Elephants and their diseases
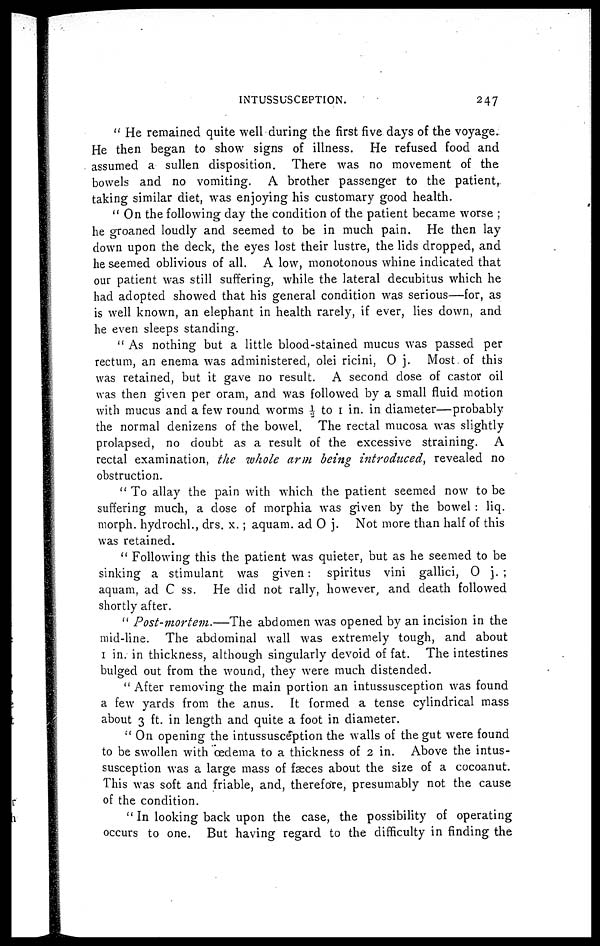
INTUSSUSCEPTION.
247
" He remained quite well during the first five, days of the voyage.
He then began to show signs of illness. He refused food and
assumed a sullen disposition. There was no movement of the
bowels and no vomiting. A brother passenger to the patient,
taking similar diet, was enjoying his customary good health.
" On the following day the condition of the patient became worse ;
he groaned loudly and seemed to be in much pain. He then lay
down upon the deck, the eyes lost their lustre, the lids dropped, and
he seemed oblivious of all. A low, monotonous whine indicated that
our patient was still suffering, while the lateral decubitus which he
had adopted showed that his general condition was serious—for, as
is well known, an elephant in health rarely, if ever, lies down, and
he even sleeps standing.
" As nothing but a little blood-stained mucus was passed per
rectum, an enema was administered, olei ricini, O j. Most of this
was retained, but it gave no result. A second dose of castor oil
was then given per oram, and was followed by a small fluid motion
with mucus and a few round worms ½ to 1 in. in diameter—probably
the normal denizens of the bowel. The rectal mucosa was slightly
prolapsed, no doubt as a result of the excessive straining. A
rectal examination, the whole arm being introduced, revealed no
obstruction.
" To allay the pain with which the patient seemed now to be
suffering much, a dose of morphia was given by the bowel : liq.
morph. hydrochl., drs. x.; aquam. ad O j. Not more than half of this
was retained.
" Following this the patient was quieter, but as he seemed to be
sinking a stimulant was given: spiritus vini gallici, O j. ;
aquam, ad C ss. He did not rally, however, and death followed
shortly after.
" Post-mortem.—The
abdomen was opened by an incision in the
mid-line. The abdominal wall was extremely tough, and about
1 in. in thickness, although singularly devoid of fat. The intestines
bulged out from the wound, they were much distended.
"After removing the main portion an intussusception was found
a few yards from the anus. It formed a tense cylindrical mass
about 3 ft. in length and quite a foot in diameter.
"On opening the intussusception the walls of the gut were found
to be swollen with oedema to a thickness of 2 in. Above the intus-
susception was a large mass of faeces about the size of a cocoanut.
This was soft and friable, and, therefore, presumably not the cause
of the condition.
" In looking back upon the case, the possibility of operating
occurs to one. But having regard to the difficulty in finding the